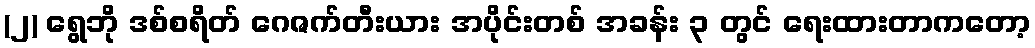
(၂) ရွေဘို ဒစ်စရိတ် ဂေဇက်တီးယား အပိုင်းတစ် အခန်း ၃ တွင် ရေးထားတာကတော့